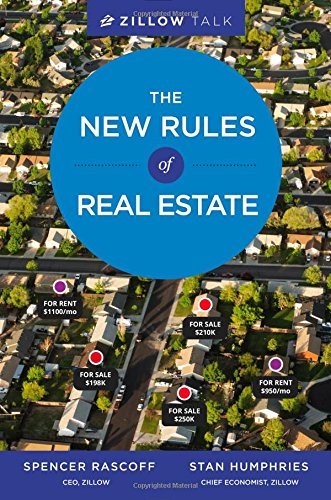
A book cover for Zillow Talk: The New Rules of Real Estate; Spencer Rascoff; Business & Money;